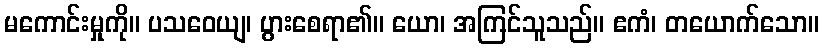
မကောင်းမှုကို။ ပသဝေယျ၊ ပွားစေရာ၏။ ယော၊ အကြင်သူသည်။ ဧကံ၊ တယောက်သော။